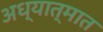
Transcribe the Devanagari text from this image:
अध्यात्मात